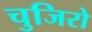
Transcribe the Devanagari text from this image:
चुजिरो